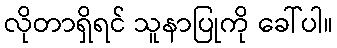
လိုတာရှိရင် သူနာပြုကို ခေါ်ပါ။